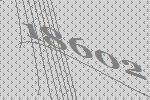
18602